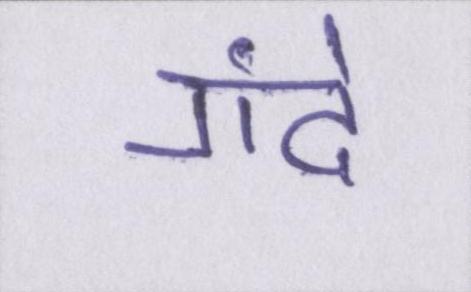
गंदे